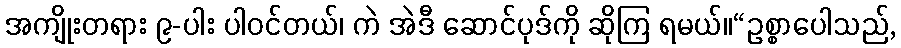
အကျိုးတရား ၉-ပါး ပါဝင်တယ်၊ ကဲ အဲဒီ ဆောင်ပုဒ်ကို ဆိုကြ ရမယ်။“ဥစ္စာပေါသည်,